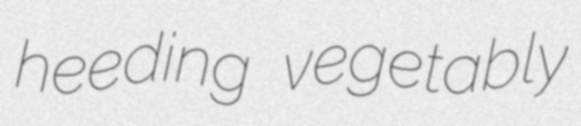
heeding vegetably